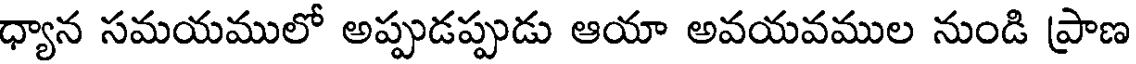
ధ్యాన సమయములో అప్పుడప్పుడు ఆయా అవయవముల నుండి ప్రాణ